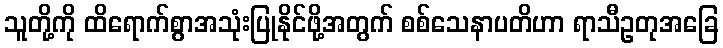
သူတို့ကို ထိရောက်စွာအသုံးပြုနိုင်ဖို့အတွက် စစ်သေနာပတိဟာ ရာသီဥတုအခြေ